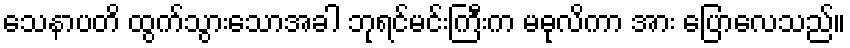
သေနာပတိ ထွက်သွားသောအခါ ဘုရင်မင်းကြီးက မဓုလိကာ အား ပြောလေသည်။